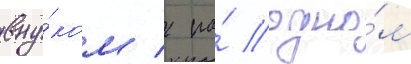
вну́ком / на́ одно́м